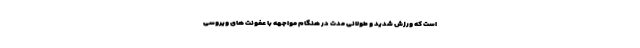
است که ورزش شدید و طولانی مدت در هنگام مواجهه با عفونت های ویروسی